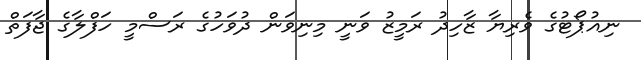
ނިއުޕޯޓުގެ ވެރިޔާ ޒާހިދު ރަމީޒު ވަނީ މިނިވަން ދުވަހުގެ ރަސްމީ ހަފްލާގެ ޖާފަތް